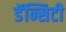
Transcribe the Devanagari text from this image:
डॅन्सिटी